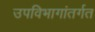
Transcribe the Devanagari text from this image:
उपविभागांतर्गत